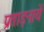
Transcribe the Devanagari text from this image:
प्रताड़नायें